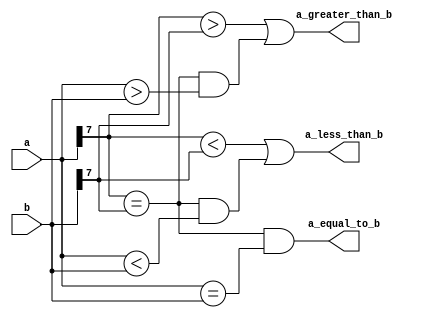
module signed_magnitude_comparator (
    input signed [7:0] a,
    input signed [7:0] b,
    output wire a_greater_than_b,
    output wire a_less_than_b,
    output wire a_equal_to_b
);

assign a_greater_than_b = (a[7] > b[7]) || ((a[7] == b[7]) && (a > b));
assign a_less_than_b = (a[7] < b[7]) || ((a[7] == b[7]) && (a < b));
assign a_equal_to_b = (a[7] == b[7]) && (a == b);

endmodule